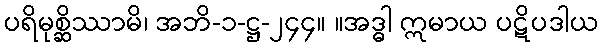
ပရိမုစ္ဆိဿာမိ၊ အဘိ-၁-ဋ္ဌ-၂၄၄။ ။အဒ္ဓါ ဣမာယ ပဋိပဒါယ